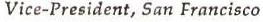
Vice-President, San Francisco